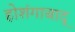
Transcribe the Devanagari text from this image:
होशंगाबाद्